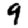
Digit: 9